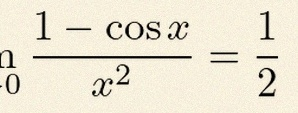
\lim_{x\to0}\frac{1-\cos x}{x^2}=\frac12